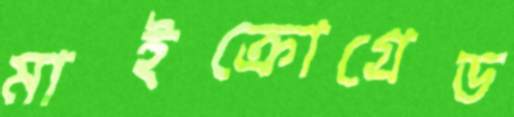
মাইক্রোগ্রেড